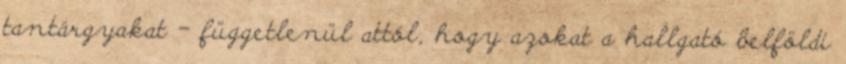
tantárgyakat – függetlenül attól, hogy azokat a hallgató belföldi